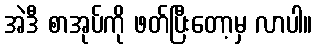
အဲဒီ စာအုပ်ကို ဖတ်ပြီးတော့မှ လာပါ။